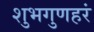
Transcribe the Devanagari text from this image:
शुभगुणहरं